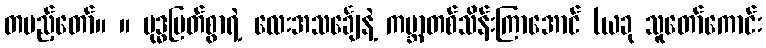
တပည့်တော်။ ။ ဗုဒ္ဓမြတ်စွာရဲ့ လေးအသင်္ချေနဲ့ ကမ္ဘာတစ်သိန်းကြာအောင် (ယခု သူတော်ကောင်း